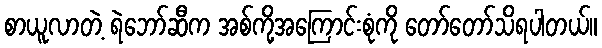
စာယူလာတဲ့ ရဲဘော်ဆီက အစ်ကို့အကြောင်းစုံကို တော်တော်သိရပါတယ်။